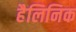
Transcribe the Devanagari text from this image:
हैलिनिक